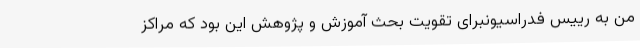
من به رییس فدراسیونبرای تقویت بحث آموزش و پژوهش این بود که مراکز